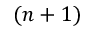
( n + 1 )